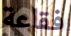
فقاعة